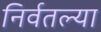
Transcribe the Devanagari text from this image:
निर्वतल्या